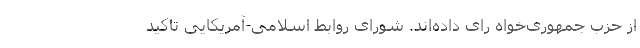
از حزب جمهوری‌خواه رای داده‌اند. شورای روابط اسلامی-آمریکایی تاکید